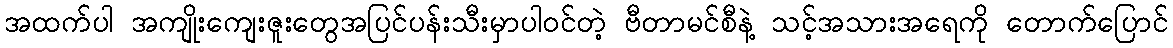
အထက်ပါ အကျိုးကျေးဇူးတွေအပြင်ပန်းသီးမှာပါဝင်တဲ့ ဗီတာမင်စီနဲ့ သင့်အသားအရေကို တောက်ပြောင်